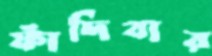
ফাঁদিবার